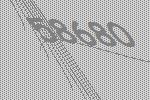
58680